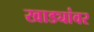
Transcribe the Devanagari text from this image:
खाड्यांवर